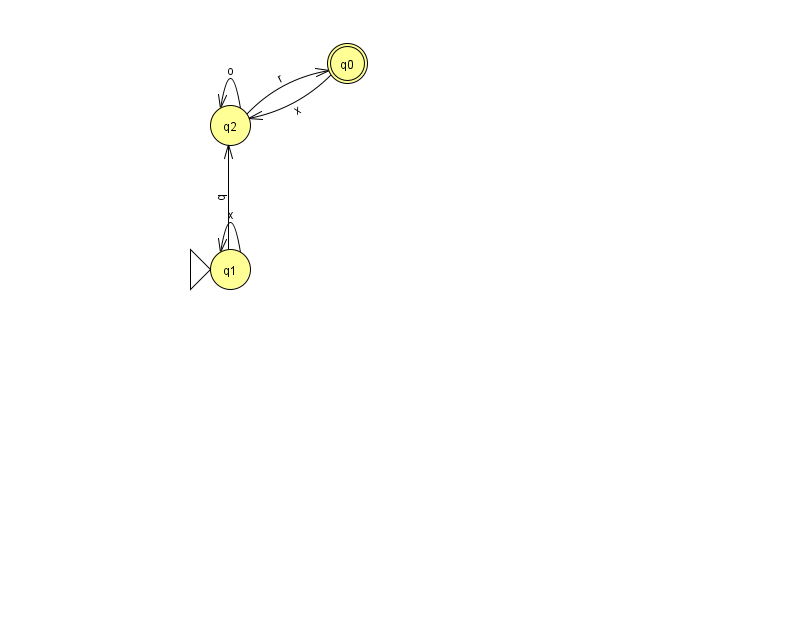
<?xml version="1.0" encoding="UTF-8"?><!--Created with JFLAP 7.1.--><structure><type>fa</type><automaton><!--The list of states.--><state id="0" name="q0"><x>347.0</x><y>50.0</y><final/></state><state id="1" name="q1"><x>230.0</x><y>256.0</y><initial/></state><state id="2" name="q2"><x>230.0</x><y>112.0</y></state><!--The list of transitions.--><transition><from>0</from><to>2</to><read>x</read></transition><transition><from>1</from><to>2</to><read>q</read></transition><transition><from>1</from><to>1</to><read>x</read></transition><transition><from>2</from><to>0</to><read>r</read></transition><transition><from>2</from><to>2</to><read>o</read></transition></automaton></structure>